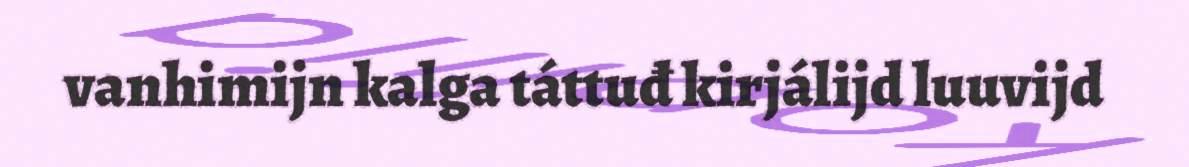
vanhimijn kalga táttuđ kirjálijd luuvijd